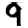
Digit: 9